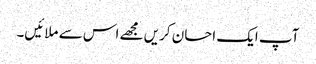
آپ ایک احسان کریں مجھے اس سے ملائیں۔